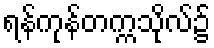
ရန်ကုန်တက္ကသိုလ်၌